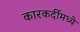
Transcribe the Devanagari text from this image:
कारकर्दीमध्ये